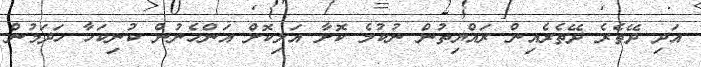
އަދި ދޭތެރެ ދޭތެރެއިން ރައްޔިތުން ނުކުމެ ކޮށާ އަލިކޮށް އަންހެނުން ކުނިކަހާ ހަދަމުން